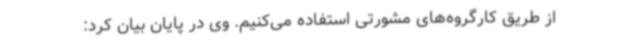
از طریق کارگروه‌های مشورتی استفاده می‌کنیم. وی در پایان بیان کرد: